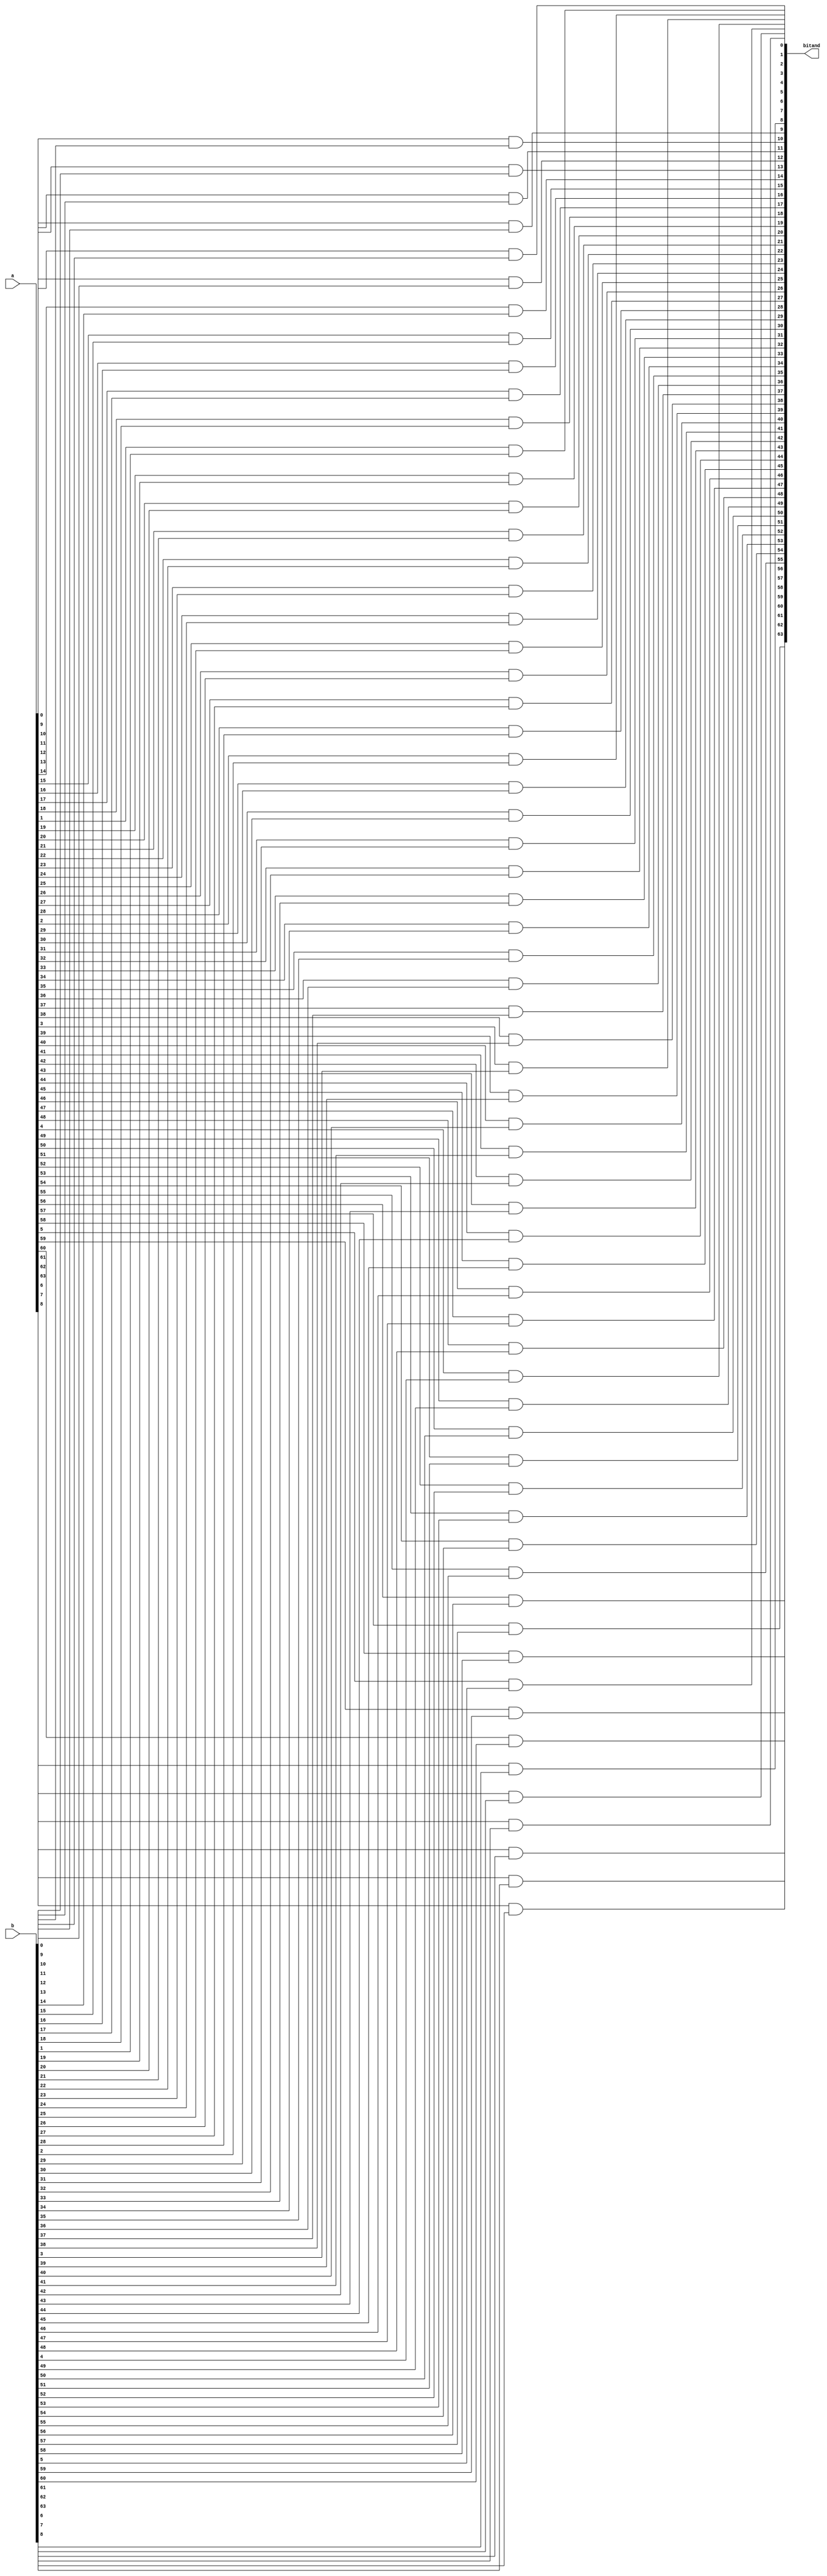
module bit64and ( bitand , a , b ) ;

output signed [63:0] bitand ;
input  signed [63:0] a      ;
input  signed [63:0] b      ;

genvar i; // variable in the loop

generate

    for (i = 0; i < 64; i = i + 1 )  
    
    begin

        // one iteration for each bit
        and Gand( bitand[i], a[i], b[i] );

    end

endgenerate

endmodule